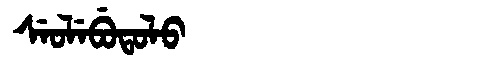
Manchu: ᠰᡝᠣᠯᡝᠪᡠᡨᠣᠯᠣ
Romanization: SEOLEBUTOLO